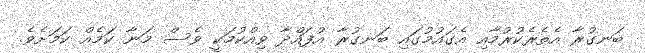
ބަނގުރާ އެތެރެކުރުމާއި އެގައުމުގައި ބަނގުރާ އުފައްދާ ވިއްކުމަކީ ވެސް މަނާ ކަމެއް ކަމަށެވެ.